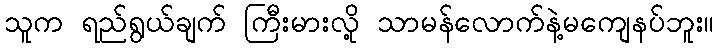
သူက ရည်ရွယ်ချက် ကြီးမားလို့ သာမန်လောက်နဲ့မကျေနပ်ဘူး။